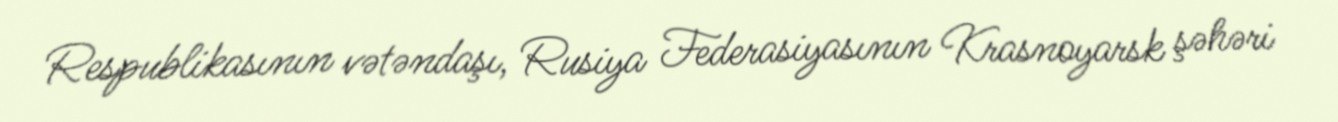
Respublikasının vətəndaşı, Rusiya Federasiyasının Krasnoyarsk şəhəri